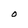
Character: O